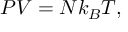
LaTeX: \displaystyle P V = N k _ { B } T ,